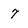
Character: 7